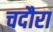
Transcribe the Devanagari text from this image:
चदौरा